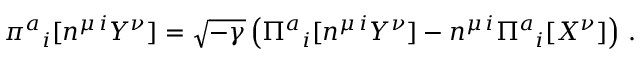
\pi ^ { a } { } _ { i } [ n ^ { \mu \, i } Y ^ { \nu } ] = \sqrt { - \gamma } \left( \Pi ^ { a } { } _ { i } [ n ^ { \mu \, i } Y ^ { \nu } ] - n ^ { \mu \, i } \Pi ^ { a } { } _ { i } [ X ^ { \nu } ] \right) \, .